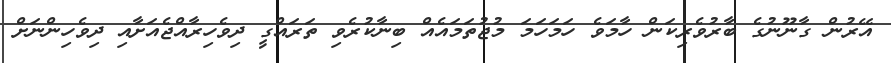
އޭރުން ގާނޫނުގެ ބާރުވެރިކަން ހާމަވެ ހަމަހަމަ މުޖުތަމައެއް ބިނާކުރެވި ތަރައްގީ ދިވެހިރާއްޖެއަށާއި ދިވެހިންނަށް